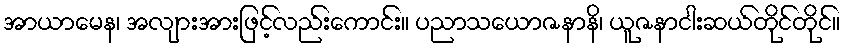
အာယာမေန၊ အလျားအားဖြင့်လည်းကောင်း။ ပညာသယောဇနာနိ၊ ယူဇနာငါးဆယ်တိုင်တိုင်။